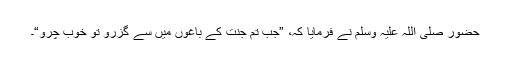
حضور صلی اللہ علیہ وسلم نے فرمایا کہ، ”جب تم جنت کے باغوں میں سے گزرو تو خوب چرو“۔